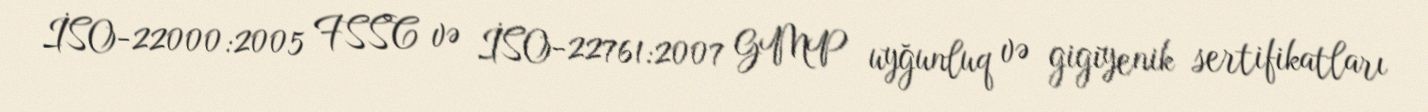
İSO-22000:2005 FSSC və İSO-22761:2007 GMP uyğunluq və gigiyenik sertifikatları